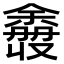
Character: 𫣮